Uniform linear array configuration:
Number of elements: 48
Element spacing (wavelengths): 1
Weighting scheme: cosine
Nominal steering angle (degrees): -60
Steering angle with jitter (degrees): -59.741
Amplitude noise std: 0.05
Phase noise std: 0.05

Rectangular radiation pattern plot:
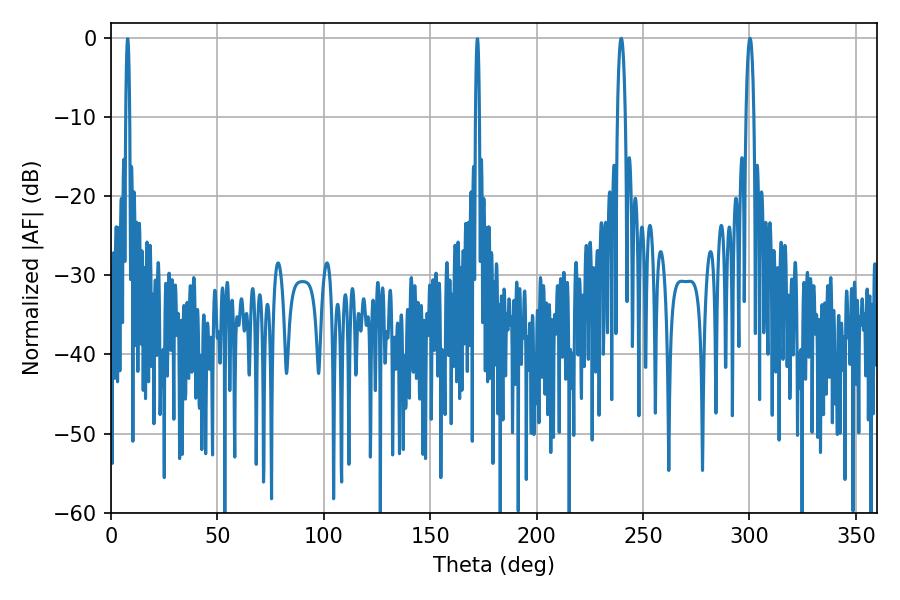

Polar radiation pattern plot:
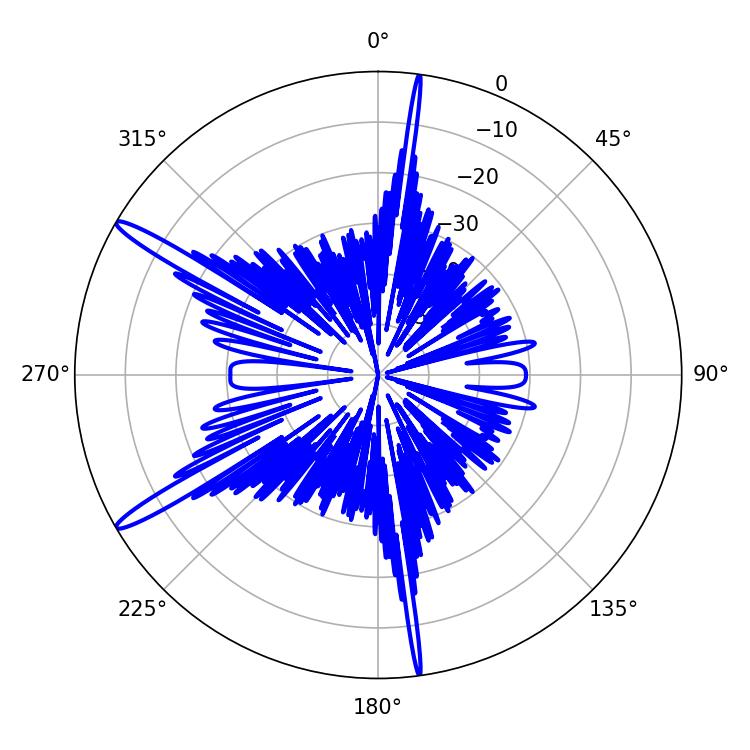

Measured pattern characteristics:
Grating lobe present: TRUE
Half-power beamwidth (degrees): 2.16
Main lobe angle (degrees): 239.76